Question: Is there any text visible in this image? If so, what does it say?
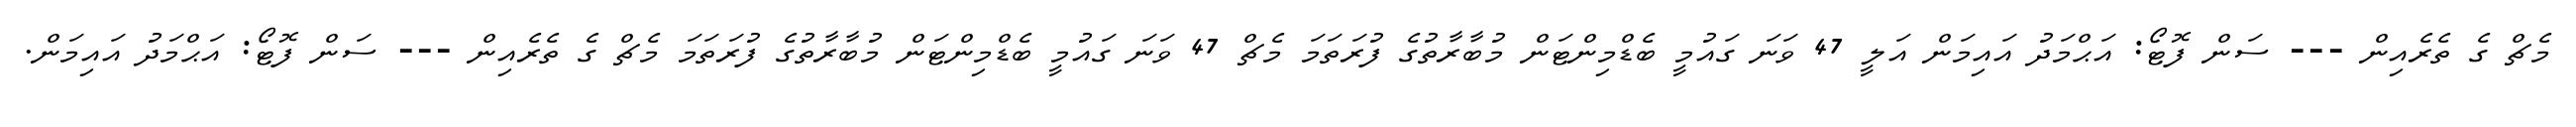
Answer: މެޗް ގެ ތެރެއިން --- ސަން ފޮޓޯ: އަޙްމަދު އައިމަން އަލީ 47 ވަނަ ގައުމީ ބެޑްމިންޓަން މުބާރާތުގެ ފުރަތަމަ މެޗް 47 ވަނަ ގައުމީ ބެޑްމިންޓަން މުބާރާތުގެ ފުރަތަމަ މެޗް ގެ ތެރެއިން --- ސަން ފޮޓޯ: އަޙްމަދު އައިމަން.